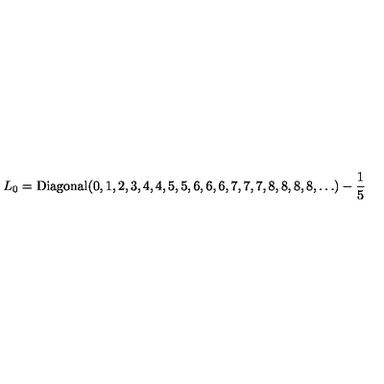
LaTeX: L _ { 0 } = \mathrm { D i a g o n a l } ( 0 , 1 , 2 , 3 , 4 , 4 , 5 , 5 , 6 , 6 , 6 , 7 , 7 , 7 , 8 , 8 , 8 , 8 , \ldots ) - \frac { 1 } { 5 }